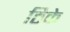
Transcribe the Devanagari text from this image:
ठिके